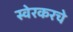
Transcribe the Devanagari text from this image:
स्वेरकरचे